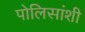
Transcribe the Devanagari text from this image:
पोलिसांशी